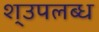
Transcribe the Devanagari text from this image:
श्उपलब्ध